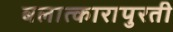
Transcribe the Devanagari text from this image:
बलात्कारापुरती